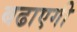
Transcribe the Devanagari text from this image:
बढाएगी